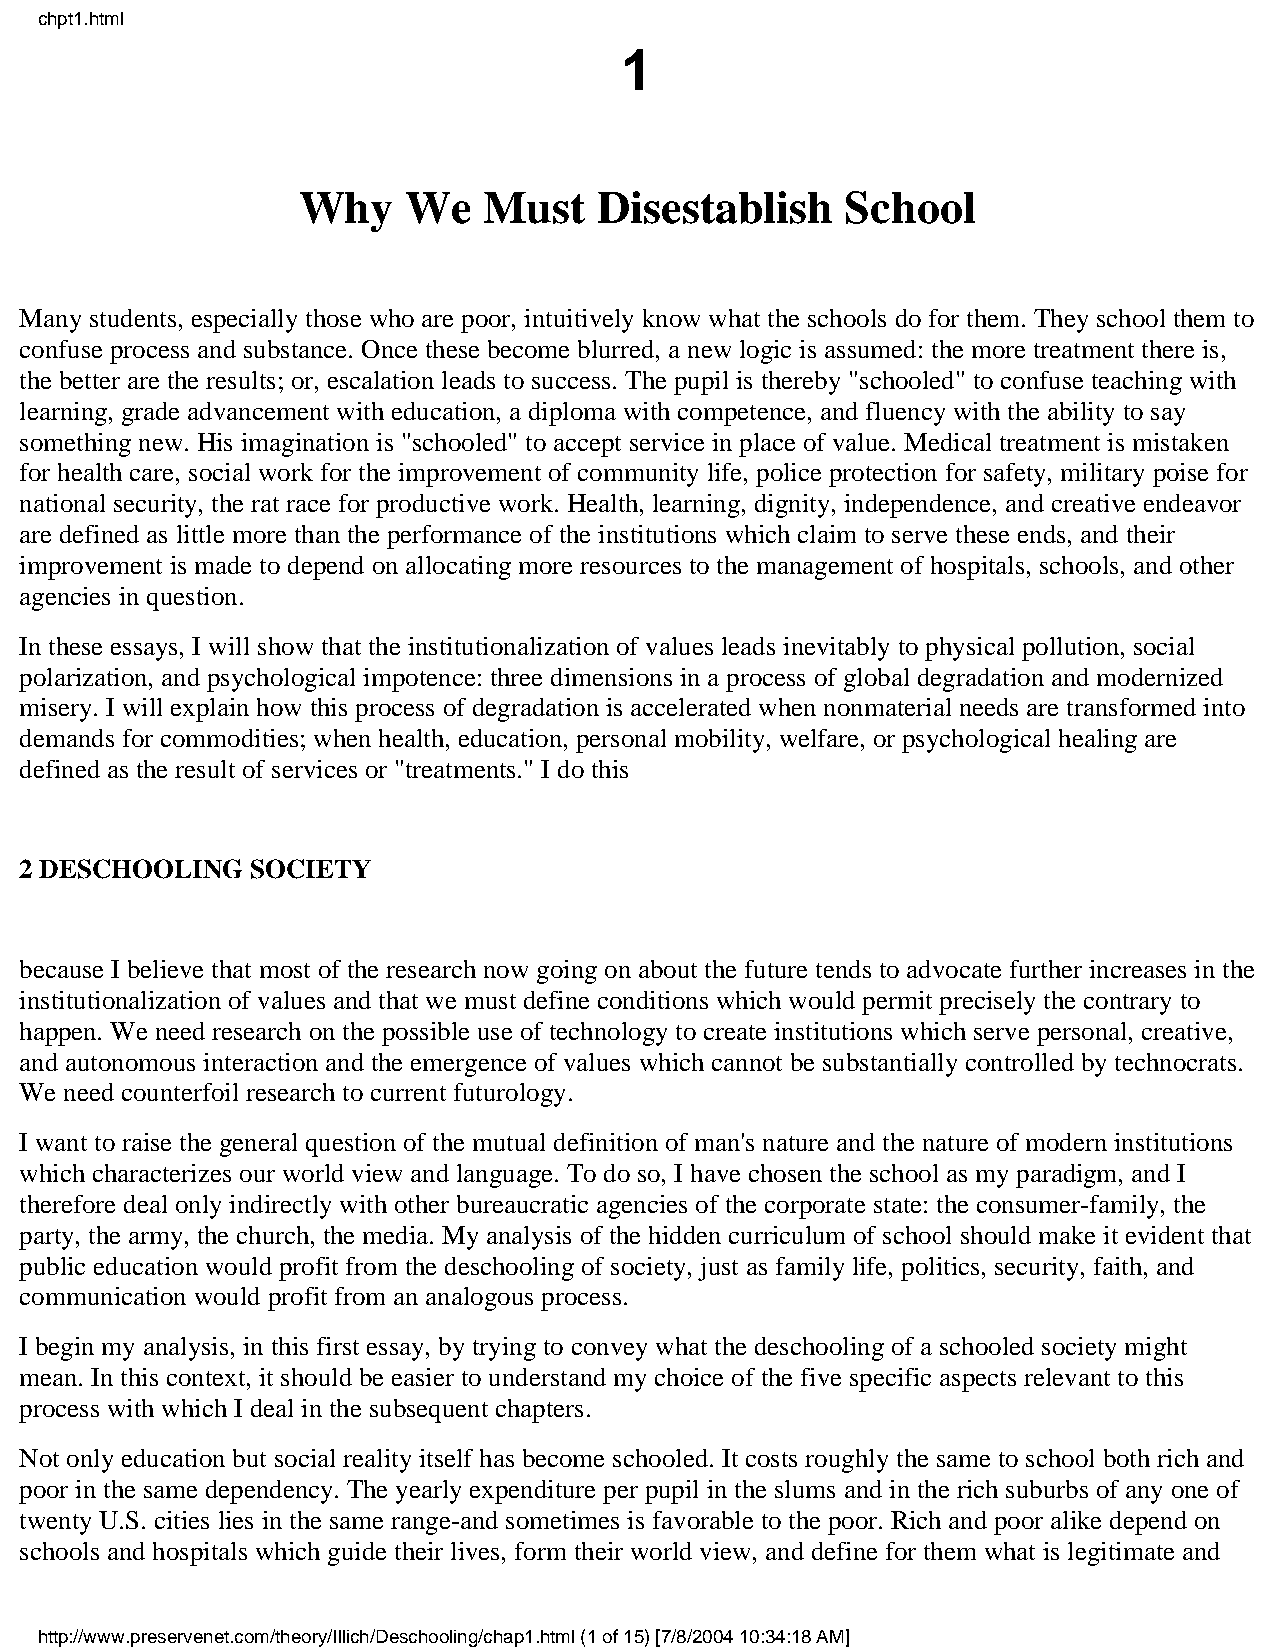
chpt1.html
 1
 Why    We   Must    Disestablish    School
 Many students, especially those who are poor, intuitively know what the schools do for them. They school them to
 confuse process and substance. Once these become blurred, a new logic is assumed: the more treatment there is,
 the better are the results; or, escalation leads to success. The pupil is thereby "schooled" to confuse teaching with
 learning, grade advancement with education, a diploma with competence, and fluency with the ability to say
 something new. His imagination is "schooled" to accept service in place of value. Medical treatment is mistaken
 for health care, social work for the improvement of community life, police protection for safety, military poise for
 national security, the rat race for productive work. Health, learning, dignity, independence, and creative endeavor
 are defined as little more than the performance of the institutions which claim to serve these ends, and their
 improvement is made to depend on allocating more resources to the management of hospitals, schools, and other
 agencies in question.
 In these essays, I will show that the institutionalization of values leads inevitably to physical pollution, social
 polarization, and psychological impotence: three dimensions in a process of global degradation and modernized
 misery. I will explain how this process of degradation is accelerated when nonmaterial needs are transformed into
 demands for commodities; when health, education, personal mobility, welfare, or psychological healing are
 defined as the result of services or "treatments." I do this
 2 DESCHOOLING   SOCIETY
 because I believe that most of the research now going on about the future tends to advocate further increases in the
 institutionalization of values and that we must define conditions which would permit precisely the contrary to
 happen. We need research on the possible use of technology to create institutions which serve personal, creative,
 and autonomous interaction and the emergence of values which cannot be substantially controlled by technocrats.
 We need counterfoil research to current futurology.
 I want to raise the general question of the mutual definition of man's nature and the nature of modern institutions
 which characterizes our world view and language. To do so, I have chosen the school as my paradigm, and I
 therefore deal only indirectly with other bureaucratic agencies of the corporate state: the consumer-family, the
 party, the army, the church, the media. My analysis of the hidden curriculum of school should make it evident that
 public education would profit from the deschooling of society, just as family life, politics, security, faith, and
 communication would profit from an analogous process.
 I begin my analysis, in this first essay, by trying to convey what the deschooling of a schooled society might
 mean. In this context, it should be easier to understand my choice of the five specific aspects relevant to this
 process with which I deal in the subsequent chapters.
 Not only education but social reality itself has become schooled. It costs roughly the same to school both rich and
 poor in the same dependency. The yearly expenditure per pupil in the slums and in the rich suburbs of any one of
 twenty U.S. cities lies in the same range-and sometimes is favorable to the poor. Rich and poor alike depend on
 schools and hospitals which guide their lives, form their world view, and define for them what is legitimate and
 http://www.preservenet.com/theory/Illich/Deschooling/chap1.html (1 of 15) [7/8/2004 10:34:18 AM]